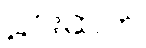
မင်းဆက်